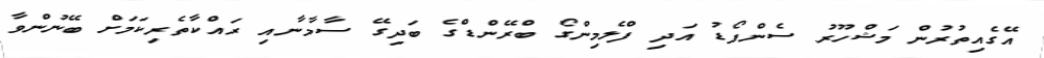
އޭގެއިތުރުން މަޝްހޫރު ސެންފޯޑު އަދި ފްލެމިންގޯ ބްރޭންޑްގެ ބަދިގޭ ސާމާނާއި ރައްކާތެރިކަމަށް ބޭނުންވާ